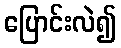
ပြောင်းလဲ၍